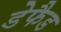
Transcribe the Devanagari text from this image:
डेफैड